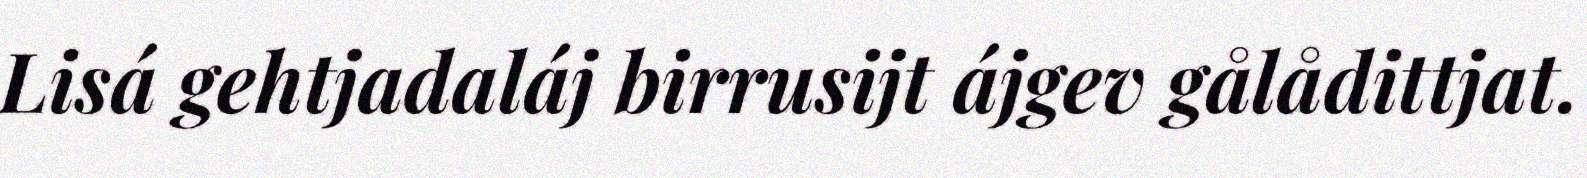
Lisá gehtjadaláj birrusijt ájgev gålådittjat.